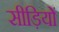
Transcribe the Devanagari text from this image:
सीड़ियों